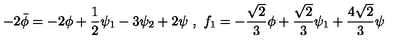
- 2 \bar { \phi } = - 2 \phi + \frac { 1 } { 2 } \psi _ { 1 } - 3 \psi _ { 2 } + 2 \psi \ , \ f _ { 1 } = - \frac { \sqrt { 2 } } { 3 } \phi + \frac { \sqrt { 2 } } { 3 } \psi _ { 1 } + \frac { 4 \sqrt { 2 } } { 3 } \psi